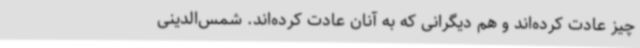
چیز عادت کرده‌اند و هم دیگرانی که به آنان عادت کرده‌اند. شمس‌الدینی